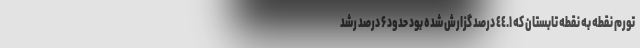
تورم نقطه به نقطه تابستان که ٤٤.١ درصد گزارش شده بود حدود ۶ درصد رشد